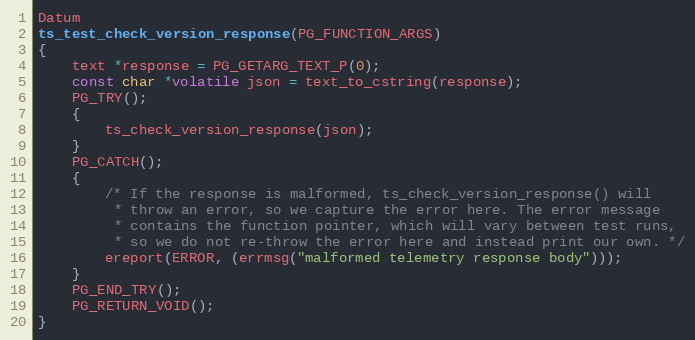
Language: C
Datum
ts_test_check_version_response(PG_FUNCTION_ARGS)
{
	text *response = PG_GETARG_TEXT_P(0);
	const char *volatile json = text_to_cstring(response);
	PG_TRY();
	{
		ts_check_version_response(json);
	}
	PG_CATCH();
	{
		/* If the response is malformed, ts_check_version_response() will
		 * throw an error, so we capture the error here. The error message
		 * contains the function pointer, which will vary between test runs,
		 * so we do not re-throw the error here and instead print our own. */
		ereport(ERROR, (errmsg("malformed telemetry response body")));
	}
	PG_END_TRY();
	PG_RETURN_VOID();
}